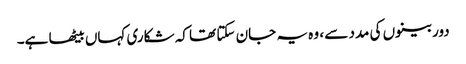
دوربینوں کی مدد سے ، وہ یہ جان سکتا تھا کہ شکاری کہاں بیٹھا ہے۔